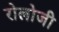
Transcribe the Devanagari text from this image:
रोलोजी